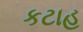
કટાહ